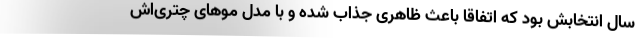
سال انتخابش بود که اتفاقا باعث ظاهری جذاب شده و با مدل موهای چتری‌اش